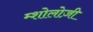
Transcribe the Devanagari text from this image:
म्शोलोज़ी